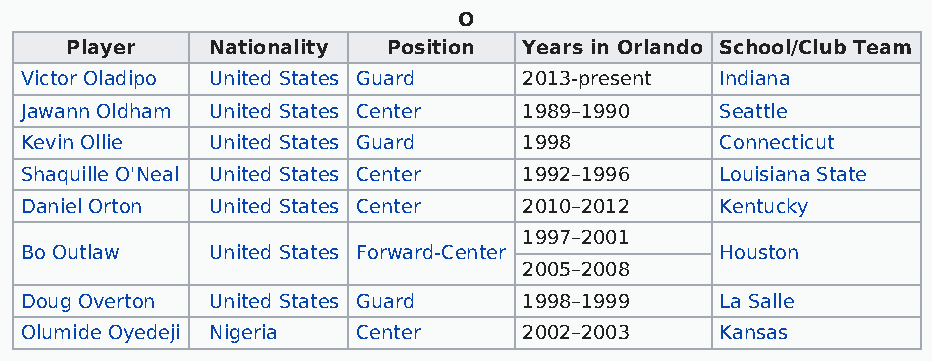
O
 Player    Nationality Position Years in Orlando School/Club Team
 Victor Oladipo United States Guard 2013-present Indiana
 Jawann Oldham United States Center 1989–1990   Seattle
 Kevin Ollie  United States Guard  1998         Connecticut
 Shaquille O'Neal United States Center 1992–1996 Louisiana State
 Daniel Orton United States Center 2010–2012    Kentucky
 1997–2001
 Bo Outlaw    United States Forward-Center      Houston
 2005–2008
 Doug Overton United States Guard  1998–1999    La Salle
 Olumide Oyedeji Nigeria Center    2002–2003    Kansas